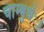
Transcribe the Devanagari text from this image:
चाम्बुधेः।